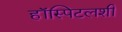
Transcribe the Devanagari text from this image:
हॉस्पिटलशी